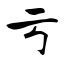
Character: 亏